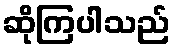
ဆိုကြပါသည်